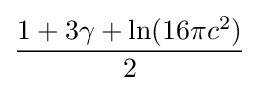
{\frac {1+3\gamma +\ln(16\pi c^{2})}{2}}